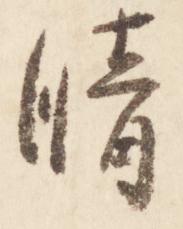
晴